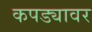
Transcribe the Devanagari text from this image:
कपड्यावर